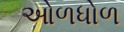
ઓળધોળ